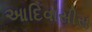
આદિવાસીસ